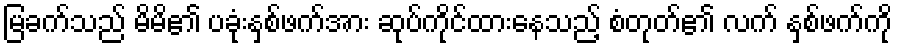
မြခက်သည် မိမိ၏ ပခုံးနှစ်ဖက်အား ဆုပ်ကိုင်ထားနေသည့် စံတုတ်၏ လက် နှစ်ဖက်ကို